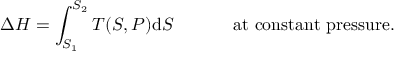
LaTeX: \Delta H = \int _ { S _ { 1 } } ^ { S _ { 2 } } T ( S , P ) \mathrm { d } S \, \, \, \, \, \, \, \, \, \, \, \, \, \, \, \, \, \, \, \, { \mathrm { a t ~ c o n s t a n t ~ p r e s s u r e . } }